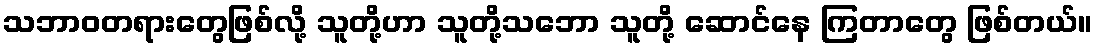
သဘာဝတရားတွေဖြစ်လို့ သူတို့ဟာ သူတို့သဘော သူတို့ ဆောင်နေ ကြတာတွေ ဖြစ်တယ်။